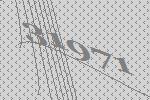
31971